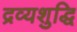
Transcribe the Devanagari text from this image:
द्रव्यशुद्धि